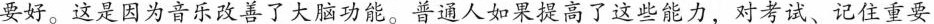
要好。这是因为音乐改善了大脑功能。普通人如果提高了这些能力，对考试、记住重要